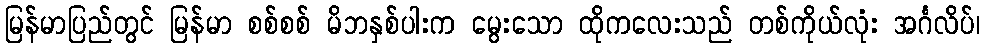
မြန်မာပြည်တွင် မြန်မာ စစ်စစ် မိဘနှစ်ပါးက မွေးသော ထိုကလေးသည် တစ်ကိုယ်လုံး အင်္ဂလိပ်၊